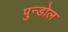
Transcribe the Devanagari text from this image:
पुन्डोल